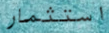
استثمار